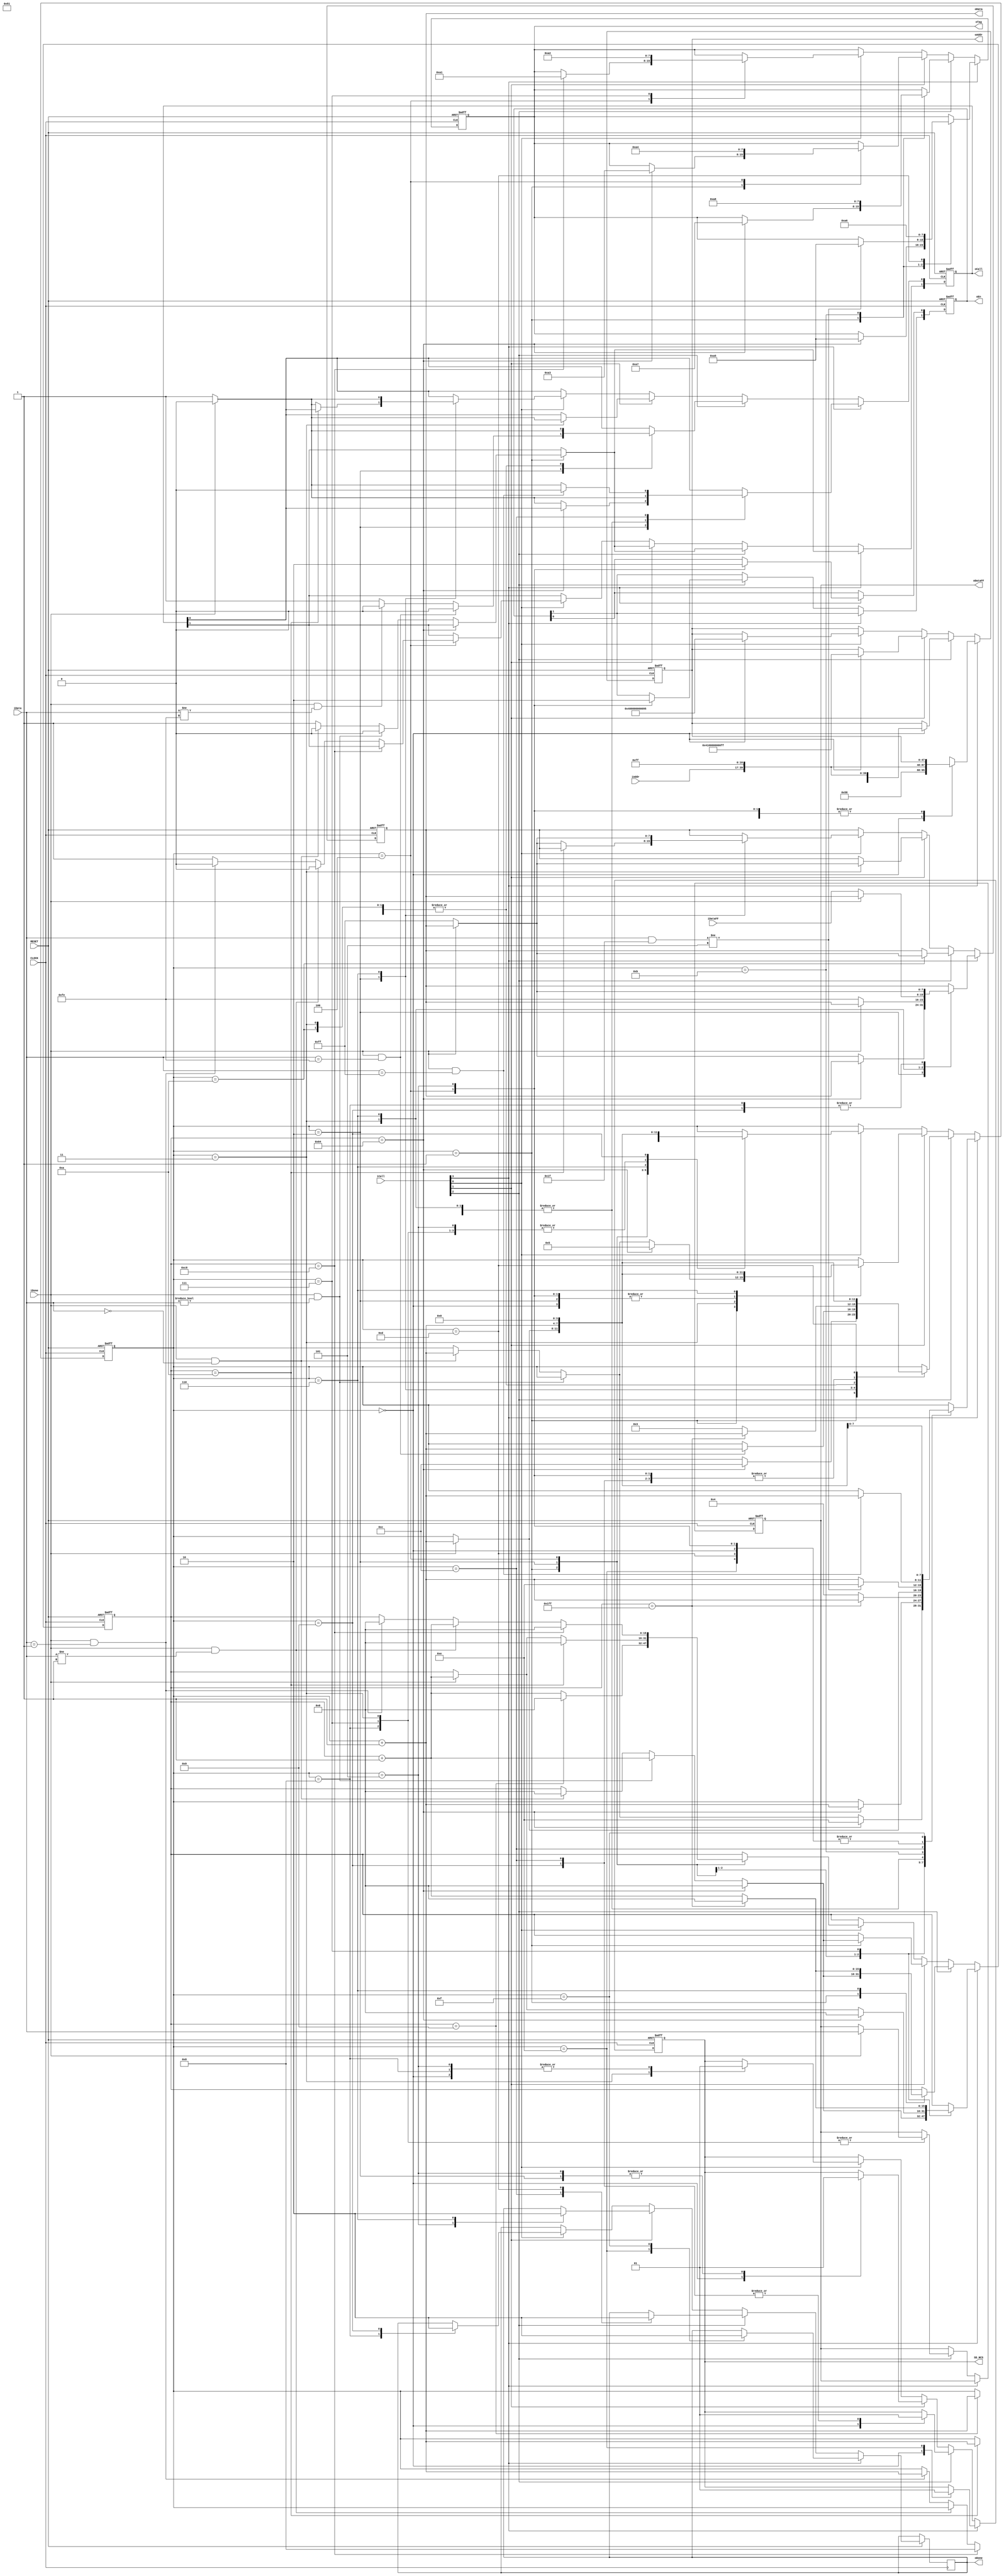
module sdcard_ctrlmod
(
    input CLOCK, RESET,
	 output SD_NCS,
	 
	 input [3:0]iCall,
	 output oDone,
	 input [22:0]iAddr,
	 output [7:0]oTag,
	 
	 output [1:0]oEn, // [1] Write [0] Read
	 input [7:0]iDataFF,
	 output [7:0]oDataFF,
	 
	 output [1:0]oCall, 
	 input iDone,
	 output [47:0]oAddr,
	 input [7:0]iData,
	 output [7:0]oData
);			
    parameter CMD0ERR = 8'hA1, CMD0OK = 8'hA2, CMD1ERR = 8'hA3, CMD1OK = 8'hA4; 
	 parameter CMD24ERR = 8'hA5, CMD24OK = 8'hA6, CMD17ERR = 8'hA7, CMD17OK = 8'hA8;
	 parameter T1MS = 16'd10;
	
    reg [3:0]i;
	 reg [15:0]C1;
	 reg [7:0]D1,D2,D3;  // D1 WrData, D2 FbData, D3 RdData
	 reg [47:0]D4;       // D4 Cmd
	 reg [1:0]isCall,isEn;
	 reg rCS;
    reg isDone;
	 
    always @ ( posedge CLOCK or negedge RESET )
	     if( !RESET )
		      begin
				    i <= 4'd0;
					 C1 <= 16'd0;
					 { D1,D2,D3 } <= { 8'd0, 8'd0, 8'd0 };
					 D4 <= 48'd0;
					 { isCall, isEn } <= { 2'd0,2'd0 }; 
					 rCS <= 1'b1;
				end
		else if( iCall[3] ) // cmd24
		      case( i )
				
				    0: // Enable cs, prepare cmd24
					 begin rCS <= 1'b0; D4 = { 8'h58, iAddr, 9'd0, 8'hFF }; i <= i + 1'b1; end
					 
					 1: // Try 100 times, ready error code.
					 if( C1 == 100 ) begin D2 <= CMD24ERR; C1 <= 16'd0; i <= 4'd14; end
					 else if( iDone && iData != 8'h00) begin isCall[1] <= 1'b0; C1 <= C1 + 1'b1; end
					 else if( iDone && iData == 8'h00 ) begin isCall[1] <= 1'b0; C1 <= 16'd0; i <= i + 1'b1; end
					 else isCall[1] <= 1'b1;
					 
					 2: // Send 800 free clock 
					 if( C1 == 100 ) begin C1 <= 16'd0; i <= i + 1'b1; end
					 else if( iDone ) begin isCall[0] <= 1'b0; C1 <= C1 + 1'b1; end 
					 else begin isCall[0] <= 1'b1; D1 <= 8'hFF; end
					 
					 3: // Send Call byte 0xfe
					 if( iDone ) begin isCall[0] <= 1'b0; i <= i + 1'b1; end
					 else begin isCall[0] <= 1'b1; D1 <= 8'hFE; end
					 
					 /*****************/
					 
					 4: // Pull up read req.
					 begin isEn[0] <= 1'b1; i <= i + 1'b1; end
					 
					 5: // Pull down read req.
					 begin isEn[0] <= 1'b0; i <= i + 1'b1; end
					 
					 6: // Write byte from fifo
					 if( iDone ) begin isCall[0] <= 1'b0; i <= i + 1'b1; end
					 else begin isCall[0] <= 1'b1; D1 <= iDataFF; end
					 
					 7: // Repeat 512 times
					 if( C1 == 10'd511 ) begin C1 <= 16'd0; i <= i + 1'b1; end
					 else begin C1 <= C1 + 1'b1; i <= 4'd4; end
					 
                /*****************/
					 
					 8: // Write 1st CRC
					 if( iDone ) begin isCall[0] <= 1'b0; i <= i + 1'b1; end
					 else begin isCall[0] <= 1'b1; D1 <= 8'hff; end
					 
					 9: // Write 2nd CRC
					 if( iDone ) begin isCall[0] <= 1'b0; i <= i + 1'b1; end
					 else begin isCall[0] <= 1'b1; D1 <= 8'hff; end
					 
					 10: // Read Respond
					 if( iDone ) begin isCall[0] <= 1'b0; i <= i + 1'b1; end
					 else begin isCall[0] <= 1'b1; end
					 
					 11: // if not 8'h05, faild and ready error code
					 if( (iData & 8'h1F) != 8'h05 ) begin D2 <= CMD24ERR; i <= 4'd14; end
					 else i <= i + 1'b1;
					 
					 12: // Wait unitl sdcard free
					 if( iDone && iData == 8'hff ) begin isCall[0] <= 1'b0; i <= i + 1'b1; end
					 else if( iDone ) begin isCall[0] <= 1'b0; end
					 else begin isCall[0] <= 1'b1; end
					 
					 /*****************/
					 
					 13: // Disable cs, ready OK code;
					 begin D2 <= CMD24OK; i <= i + 1'b1; end
					 
					 14: // Disable cs, generate done signal
					 begin rCS <= 1'b1; isDone <= 1'b1; i <= i + 1'b1; end
					 
					 15:
					 begin isDone <= 1'b0; i <= 4'd0; end
				
				endcase
		else if( iCall[2] ) // cmd17
		      case( i )
				
				    0: // Enable cs, prepare cmd17
					 begin rCS <= 1'b0; D4 <= { 8'h51, iAddr, 9'd0, 8'hFF }; i <= i + 1'b1; end
					 
					 1: // Try 100 times, ready error code
					 if( C1 == 100 ) begin D2 <= CMD17ERR; C1 <= 16'd0; i <= 4'd12; end
					 else if( iDone && iData != 8'h00 ) begin isCall[1] <= 1'b0; C1 <= C1 + 1'b1; end
					 else if( iDone && iData == 8'h00 ) begin isCall[1] <= 1'b0; C1 <= 16'd0; i <= i + 1'b1; end
					 else isCall[1] <= 1'b1;
					 
					 2: // Wait read ready
					 if( iDone && iData == 8'hfe ) begin isCall[0] <= 1'b0; i <= i + 1'b1; end
					 else if( iDone && iData != 8'hfe ) begin isCall[0] <= 1'b0; end
					 else isCall[0] <= 1'b1;
					 
					 /********/
					 
					 3:  // Read byte
					 if( iDone ) begin D3 <= iData; isCall[0] <= 1'b0; i <= i + 1'b1;  end
					 else begin isCall[0] <= 1'b1; end
					 
					 4: // Pull up write req.
					 begin isEn[1] <= 1'b1; i <= i + 1'b1; end
										  
					 5: // Pull down write req.
					 begin isEn[1] <= 1'b0; i <= i + 1'b1; end 
					 
					 6: // Repeat 512 times
					 if( C1 == 10'd511 ) begin C1 <= 16'd0; i <= i + 1'b1; end
					 else begin C1 <= C1 + 1'b1; i <= 4'd3; end
					 
					 /********/
					 
					 7,8: // Read 1st and 2nd byte CRC
					 if( iDone ) begin D3 <= iData; isCall[0] <= 1'b0; i <= i + 1'b1; end 
					 else isCall[0] <= 1'b1;
					 
					 9: // Disable cs
					 begin rCS <= 1'b1; i <= i + 1'b1; end
					 
					 10: // Send free clock
					 if( iDone ) begin isCall[0] <= 1'b0; i <= i + 1'b1; end 
					 else begin isCall[0] <= 1'b1; D1 <= 8'hFF; end
					 
					 11: // Ready OK code
					 begin D2 <= CMD17OK; i <= i + 1'b1; end
					 
					 12: // Disable cs, generate done signal
					 begin rCS <= 1'b1; isDone <= 1'b1; i <= i + 1'b1; end
					 
					 13:
					 begin isDone <= 1'b0; i <= 4'd0; end
					 
				endcase		
		 else if( iCall[1] ) // cmd1
		      case( i )
				
					 0: // Enable cs, prepare Cmd1
					 begin rCS <= 1'b0; D4 <= { 8'h41,32'd0,8'hff }; i <= i + 1'b1; end
					 
					 1: // Try 100 times, ready error code.
					 if( C1 == 10'd100 ) begin D2 <= CMD1ERR; C1 <= 16'd0; i <= 4'd5; end
					 else if( iDone && iData != 8'h00) begin isCall[1]<= 1'b0; C1 <= C1 + 1'b1; end
					 else if( iDone && iData == 8'h00 ) begin isCall[1] <= 1'b0; C1 <= 16'd0; i <= i + 1'b1; end 
					 else isCall[1] <= 1'b1;  
					 
					 2: // Disable cs
					 begin rCS <= 1'b1; i <= i + 1'b1; end
					 
					 3: // Send free clock
					 if( iDone ) begin isCall[0] <= 1'b0; i <= i + 1'b1; end
					 else begin isCall[0] <= 1'b1; D1 <= 8'hff; end
					 
					 /******************/
					 
					 4: // Disable cs, ready OK code.
					 begin D2 <= CMD1OK; i <= i + 1'b1; end
					 
					 5: // Disable cs, generate done signal
					 begin rCS <= 1'b1; isDone <= 1'b1; i <= i + 1'b1; end
					 
					 6:
					 begin isDone <= 1'b0; i <= 4'd0; end
					 
				endcase
		else if( iCall[0] ) // cmd0
		      case( i )
				
				     0: // Disable cs, prepare Cmd0
					 begin rCS <= 1'b1; D4 <= {8'h40, 32'd0, 8'h95}; i <= i + 1'b1; end
				    
					 1: // Wait 1MS for warm up;
					 if( C1 == T1MS -1) begin C1 <= 16'd0; i <= i + 1'b1; end
					 else begin C1 <= C1 + 1'b1; end

					 2: // Send 80 free clock
					 if( C1 == 10'd10 ) begin C1 <= 16'd0; i <= i + 1'b1; end
					 else if( iDone ) begin isCall[0] <= 1'b0; C1 <= C1 + 1'b1; end
					 else begin isCall[0] <= 1'b1; D1 <= 8'hff; end
					 
					 3: // Enable cs
					 begin rCS <= 1'b0; i <= i + 1'b1; end
					
					 4: // Try 200 time, ready error code.
					 if( C1 == 10'd200 ) begin D2 <= CMD0ERR; C1 <= 16'd0; i <= 4'd8; end
					 else if( iDone && iData != 8'h01) begin isCall[1] <= 1'b0; C1 <= C1 + 1'b1; end
					 else if( iDone && iData == 8'h01 ) begin isCall[1] <= 1'b0; C1 <= 16'd0; i <= i + 1'b1; end 
					 else isCall[1] <= 1'b1;  
					 
					 5: // Disable cs
					 begin rCS <= 1'b1 ; i <= i + 1'b1; end
					 
					 6: // Send free clock
					 if( iDone ) begin isCall[0] <= 1'b0; i <= i + 1'b1; end
					 else begin isCall[0] <= 1'b1; D1 <= 8'hff; end
					 
					 7: // Disable cs, ready OK code
					 begin D2 <= CMD0OK; i <= i + 1'b1; end
					 
					 8: // Disbale cs, generate done signal
					 begin rCS <= 1'b1; isDone <= 1'b1; i <= i + 1'b1; end
					 
					 9:
					 begin isDone <= 1'b0; i <= 4'd0; end
				
				endcase
	
	assign SD_NCS = rCS;
	assign oDone = isDone;
	assign oTag = D2;
	assign oEn = isEn; 
	assign oDataFF = D3;
	assign oCall = isCall;
	assign oAddr = D4;
	assign oData = D1;

endmodule